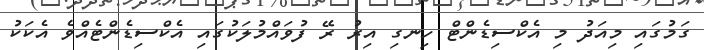
ގަމުގައި މިއަދު މި އެކްސިޑެންޓް ހިނގި އިރު ރޭ ފުވައްމުލަކުގައި އެކްސިޑެންޓެއްވެ އެކަކު